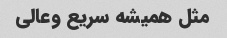
مثل همیشه سریع وعالی